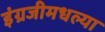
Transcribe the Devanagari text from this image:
इंग्रजीमधल्या